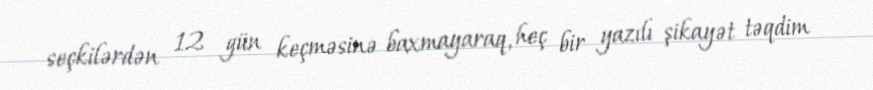
seçkilərdən 12 gün keçməsinə baxmayaraq, heç bir yazılı şikayət təqdim